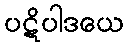
ပဋိပါဒယေ